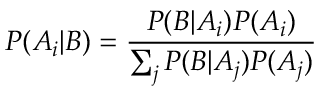
P ( A _ { i } | B ) = { \frac { P ( B | A _ { i } ) P ( A _ { i } ) } { \sum _ { j } { P ( B | A _ { j } ) P ( A _ { j } ) } } }